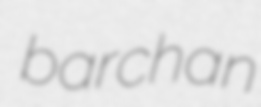
barchan